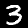
Label: 3